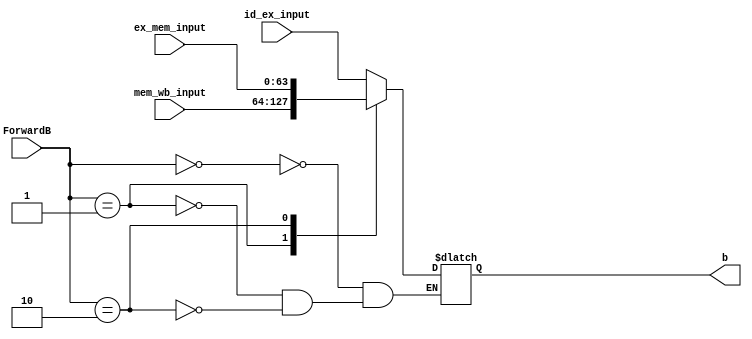
module forward_B_mux (
	input [1:0] ForwardB,
	input[63:0] id_ex_input,
	input[63:0] mem_wb_input,
	input[63:0] ex_mem_input,
	output reg [63:0] b
);
	
	always @ (*)
	begin
		case (ForwardB)
			2'b00 : b <= id_ex_input;
			2'b01 : b <= mem_wb_input;
			2'b10 : b <= ex_mem_input;
		endcase
	end
endmodule